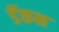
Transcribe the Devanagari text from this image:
डॅकन